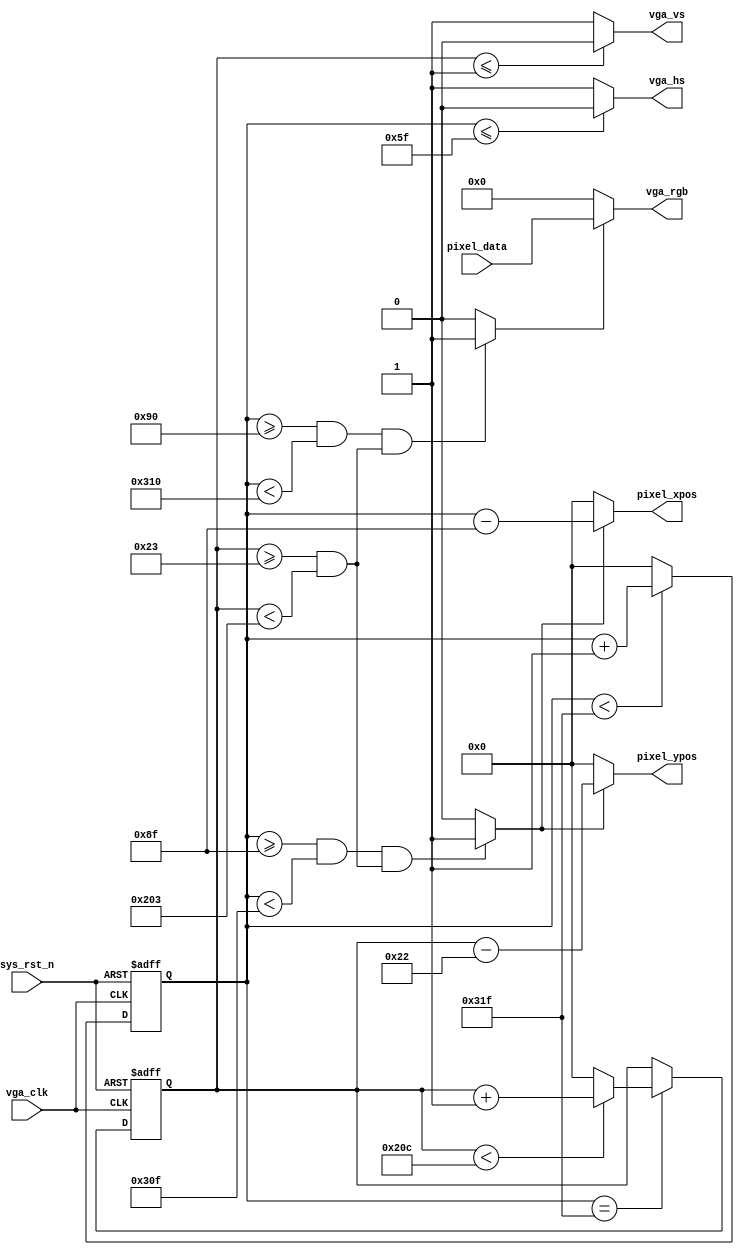
module vga_driver(
    input           vga_clk,      //VGA
    input           sys_rst_n,    //
    //VGA                          
    output          vga_hs,       //
    output          vga_vs,       //
    output  [23:0]  vga_rgb,      //
    
    input   [23:0]  pixel_data,   //
    output  [11:0]  pixel_xpos,   //
    output  [11:0]  pixel_ypos    //    
    );                             
                                                        
//parameter define  
parameter  H_SYNC   =  12'd96;    //
parameter  H_BACK   =  12'd48;    //
parameter  H_DISP   =  12'd640;   //
parameter  H_FRONT  =  12'd16;    //
parameter  H_TOTAL  =  12'd800;   //

parameter  V_SYNC   =  12'd2;     //
parameter  V_BACK   =  12'd33;    //
parameter  V_DISP   =  12'd480;   //
parameter  V_FRONT  =  12'd10;    //
parameter  V_TOTAL  =  12'd525;   //
          
//reg define                                     
reg  [11:0] cnt_h;
reg  [11:0] cnt_v;

//wire define
wire       vga_en;
wire       data_req; 

//*****************************************************
//**                    main code
//*****************************************************
//VGA
assign vga_hs  = (cnt_h <= H_SYNC - 1'b1) ? 1'b0 : 1'b1;
assign vga_vs  = (cnt_v <= V_SYNC - 1'b1) ? 1'b0 : 1'b1;

//RGB565
assign vga_en  = (((cnt_h >= H_SYNC+H_BACK) && (cnt_h < H_SYNC+H_BACK+H_DISP))
                 &&((cnt_v >= V_SYNC+V_BACK) && (cnt_v < V_SYNC+V_BACK+V_DISP)))
                 ?  1'b1 : 1'b0;
                 
//RGB565                 
assign vga_rgb = vga_en ? pixel_data : 23'd0;

//                
assign data_req = (((cnt_h >= H_SYNC+H_BACK-1'b1) && (cnt_h < H_SYNC+H_BACK+H_DISP-1'b1))
                  && ((cnt_v >= V_SYNC+V_BACK) && (cnt_v < V_SYNC+V_BACK+V_DISP)))
                  ?  1'b1 : 1'b0;

//                
assign pixel_xpos = data_req ? (cnt_h - (H_SYNC + H_BACK - 1'b1)) : 12'd0;
assign pixel_ypos = data_req ? (cnt_v - (V_SYNC + V_BACK - 1'b1)) : 12'd0;

//
always @(posedge vga_clk or negedge sys_rst_n) begin         
    if (!sys_rst_n)
        cnt_h <= 12'd0;                                  
    else begin
        if(cnt_h < H_TOTAL - 1'b1)                                               
            cnt_h <= cnt_h + 1'b1;                               
        else 
            cnt_h <= 12'd0;  
    end
end

//
always @(posedge vga_clk or negedge sys_rst_n) begin         
    if (!sys_rst_n)
        cnt_v <= 12'd0;                                  
    else if(cnt_h == H_TOTAL - 1'b1)
    	 begin
        if(cnt_v < V_TOTAL - 1'b1)                                               
            cnt_v <= cnt_v + 1'b1;                               
        else 
            cnt_v <= 12'd0;  
    end
end

endmodule